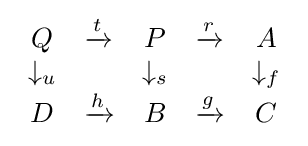
{\begin{array}{ccccc}Q&{\xrightarrow {t}}&P&{\xrightarrow {r}}&A\\\downarrow _{u}&&\downarrow _{s}&&\downarrow _{f}\\D&{\xrightarrow {h}}&B&{\xrightarrow {g}}&C\end{array}}